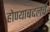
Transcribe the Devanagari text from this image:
होण्याबद्दलचे